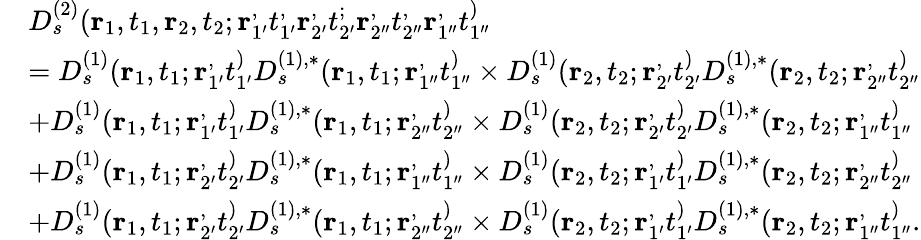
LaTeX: \begin{array}{rl}&{D_{s}^{(2)}(\mathbf{r}_{1},t_{1},\mathbf{r}_{2},t_{2};\mathbf{r}_{1^{\prime}}^,t_{1^{\prime}}^,\mathbf{r}_{2^{\prime}}^,t_{2^{\prime}}^;\mathbf{r}_{2^{\prime\prime}}^,t_{2^{\prime\prime}}^,\mathbf{r}_{1^{\prime\prime}}^,t_{1^{\prime\prime}}^)}\\ &{=D_{s}^{(1)}(\mathbf{r}_{1},t_{1};\mathbf{r}_{1^{\prime}}^,t_{1^{\prime}}^)D_{s}^{(1),*}(\mathbf{r}_{1},t_{1};\mathbf{r}_{1^{\prime\prime}}^,t_{1^{\prime\prime}}^)\times D_{s}^{(1)}(\mathbf{r}_{2},t_{2};\mathbf{r}_{2^{\prime}}^,t_{2^{\prime}}^)D_{s}^{(1),*}(\mathbf{r}_{2},t_{2};\mathbf{r}_{2^{\prime\prime}}^,t_{2^{\prime\prime}}^)}\\ &{+D_{s}^{(1)}(\mathbf{r}_{1},t_{1};\mathbf{r}_{1^{\prime}}^,t_{1^{\prime}}^)D_{s}^{(1),*}(\mathbf{r}_{1},t_{1};\mathbf{r}_{2^{\prime\prime}}^,t_{2^{\prime\prime}}^)\times D_{s}^{(1)}(\mathbf{r}_{2},t_{2};\mathbf{r}_{2^{\prime}}^,t_{2^{\prime}}^)D_{s}^{(1),*}(\mathbf{r}_{2},t_{2};\mathbf{r}_{1^{\prime\prime}}^,t_{1^{\prime\prime}}^)}\\ &{+D_{s}^{(1)}(\mathbf{r}_{1},t_{1};\mathbf{r}_{2^{\prime}}^,t_{2^{\prime}}^)D_{s}^{(1),*}(\mathbf{r}_{1},t_{1};\mathbf{r}_{1^{\prime\prime}}^,t_{1^{\prime\prime}}^)\times D_{s}^{(1)}(\mathbf{r}_{2},t_{2};\mathbf{r}_{1^{\prime}}^,t_{1^{\prime}}^)D_{s}^{(1),*}(\mathbf{r}_{2},t_{2};\mathbf{r}_{2^{\prime\prime}}^,t_{2^{\prime\prime}}^)}\\ &{+D_{s}^{(1)}(\mathbf{r}_{1},t_{1};\mathbf{r}_{2^{\prime}}^,t_{2^{\prime}}^)D_{s}^{(1),*}(\mathbf{r}_{1},t_{1};\mathbf{r}_{2^{\prime\prime}}^,t_{2^{\prime\prime}}^)\times D_{s}^{(1)}(\mathbf{r}_{2},t_{2};\mathbf{r}_{1^{\prime}}^,t_{1^{\prime}}^)D_{s}^{(1),*}(\mathbf{r}_{2},t_{2};\mathbf{r}_{1^{\prime\prime}}^,t_{1^{\prime\prime}}^).}\end{array}